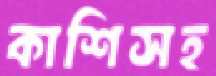
কাশিসহ